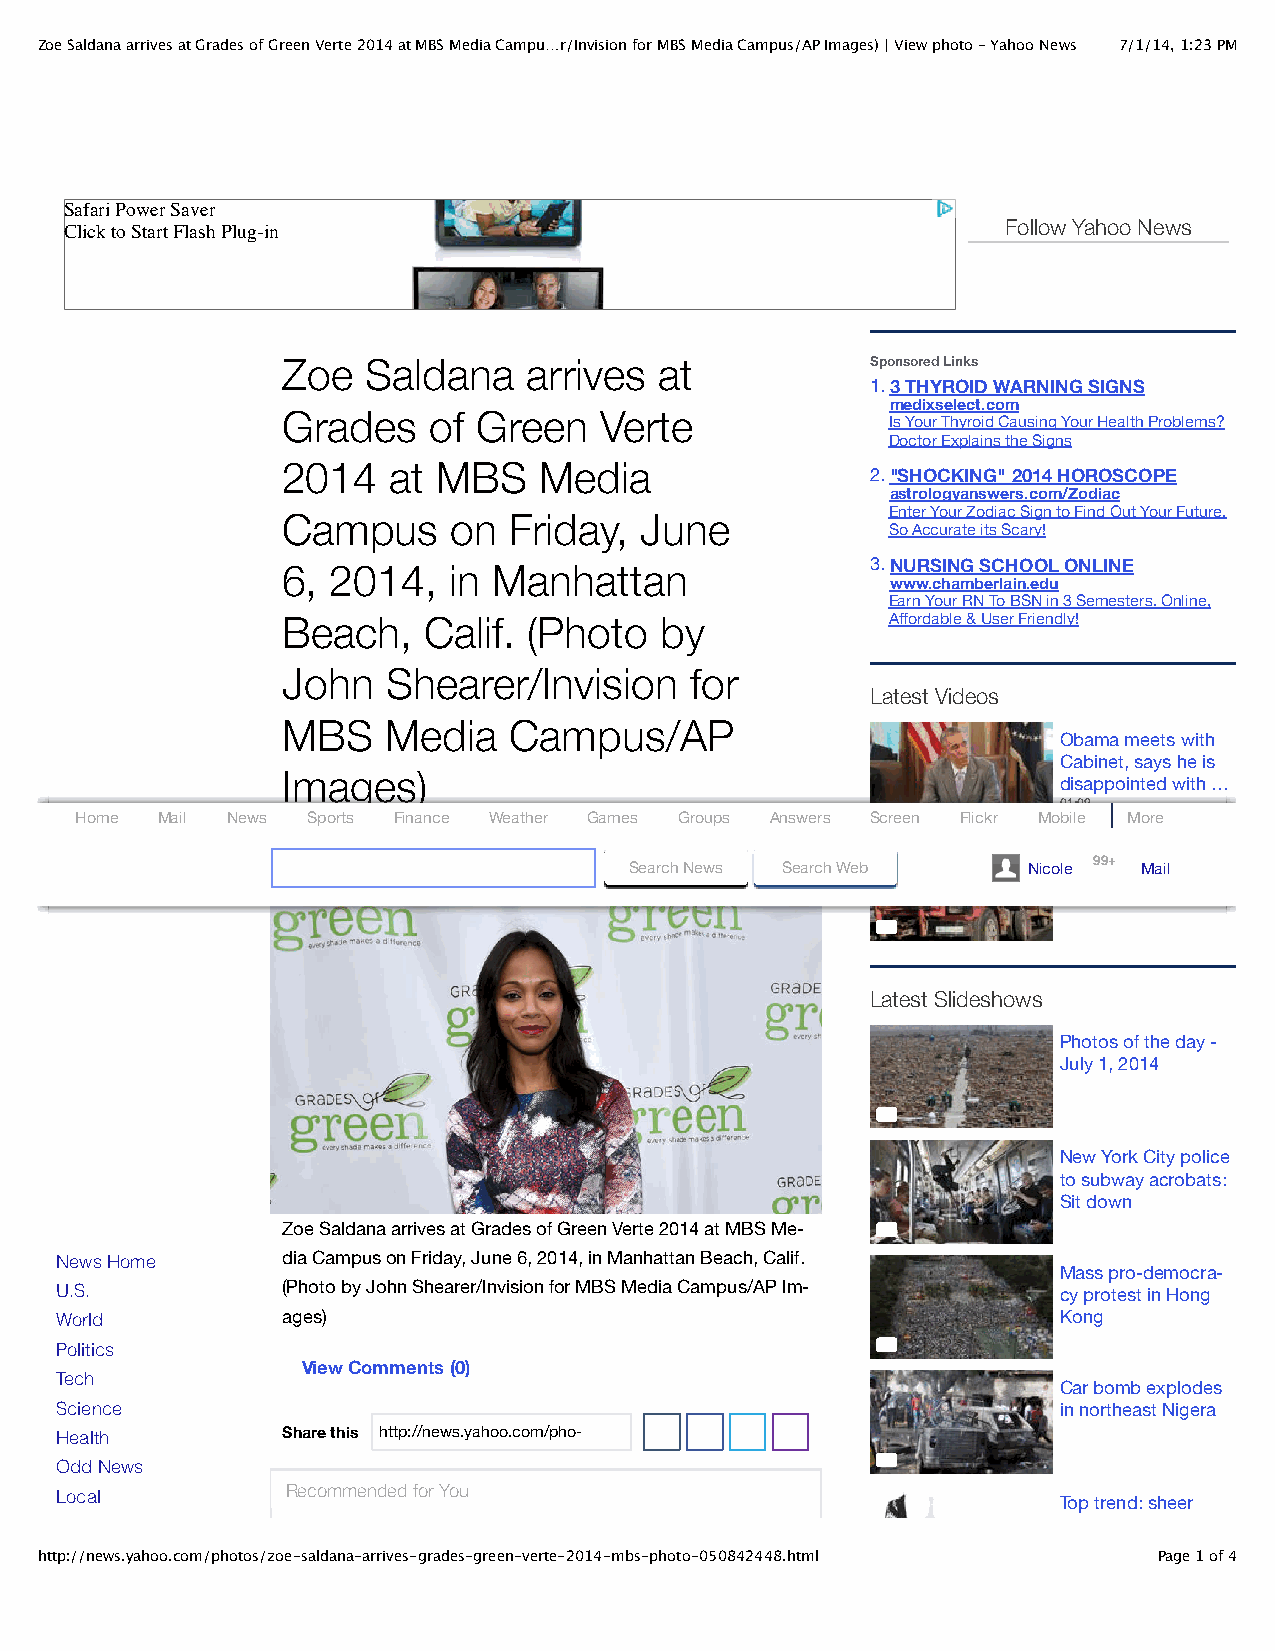
Zoe Saldana arrives at Grades of Green Verte 2014 at MBS Media Campu…r/Invision for MBS Media Campus/AP Images) | View photo - Yahoo News 7/1/14, 1:23 PM
 Safari Power Saver
 Follow Yahoo News
 Click to Start Flash Plug-in
 Zoe  Saldana    arrives  at            Sponsored Links
 1.3 THYROID WARNING SIGNS
 medixselect.com
 Grades   of  Green   Verte
 Is Your Thyroid Causing Your Health Problems?
 Doctor Explains the Signs
 2014   at MBS    Media
 2."SHOCKING" 2014 HOROSCOPE
 astrologyanswers.com/Zodiac
 Enter Your Zodiac Sign to Find Out Your Future.
 Campus     on  Friday, June
 So Accurate its Scary!
 6, 2014,   in Manhattan                3.NURSING SCHOOL ONLINE
 www.chamberlain.edu
 Earn Your RN To BSN in 3 Semesters. Online,
 Beach,   Calif. (Photo   by             Affordable & User Friendly!
 John   Shearer/Invision    for
 Latest Videos
 MBS   Media    Campus/AP
 Obama meets with
 Cabinet, says he is
 Images)
 disappointed with …
 01:09
 Home Mail News Sports Finance Weather Games Groups Answers Screen Flickr Mobile More
 Iraq fails to vote in
 June 7, 2014 1:10 AM Search News Search Web    Nicole 99+ Mail
 new government
 02:09
 Latest Slideshows
 Photos of the day -
 July 1, 2014
 New York City police
 to subway acrobats:
 Sit down
 Zoe Saldana arrives at Grades of Green Verte 2014 at MBS Me‐
 News Home      dia Campus on Friday, June 6, 2014, in Manhattan Beach, Calif.
 Mass pro-democra‐
 U.S.           (Photo by John Shearer/Invision for MBS Media Campus/AP Im‐ cy protest in Hong
 World          ages)                                              Kong
 Politics
 View Comments (0)
 Tech
 Car bomb explodes
 Science                                                           in northeast Nigera
 Health         Share this http://news.yahoo.com/pho‐
 tos/zoe-saldana-ar‐
 Odd News
 rives-grades-green-verte-2014-mbs-photo-050842448.html?soc_src=copy
 Recommended for You
 Local                                                             Top trend: sheer
 Dear Abby                                                         maxi skirts
 http://news.yahoo.com/photos/zoe-saldana-arrives-grades-green-verte-2014-mbs-photo-050842448.html Page 1 of 4